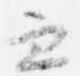
兼